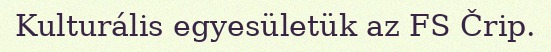
Kulturális egyesületük az FS Črip.